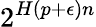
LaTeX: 2^{H(p+\epsilon)n}